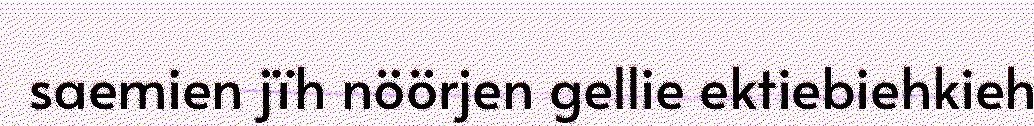
saemien jïh nöörjen gellie ektiebiehkieh